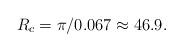
LaTeX: \begin{align*}R_c=\pi/0.067 \approx 46.9.\end{align*}